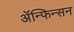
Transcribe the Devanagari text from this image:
ॲन्फिन्सन